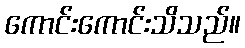
ကောင်းကောင်းသိသည်။